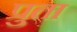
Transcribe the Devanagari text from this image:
प्रुता